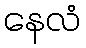
နေလံ